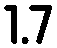
1.7